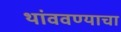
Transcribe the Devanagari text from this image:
थांववण्याचा